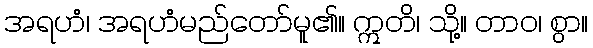
အရဟံ၊ အရဟံမည်တော်မူ၏။ ဣတိ၊ သို့။ တာဝ၊ စွာ။